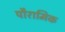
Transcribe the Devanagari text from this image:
पौरामिक